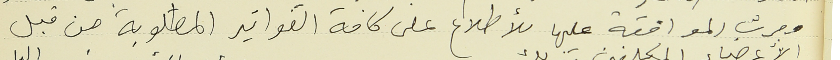
وجرت الموافقة عليها للأطلاع على كافة الفواتير المطلوبة من قبل